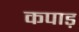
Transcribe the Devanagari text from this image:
कपाड़